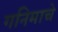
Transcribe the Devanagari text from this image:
गनिमाचे